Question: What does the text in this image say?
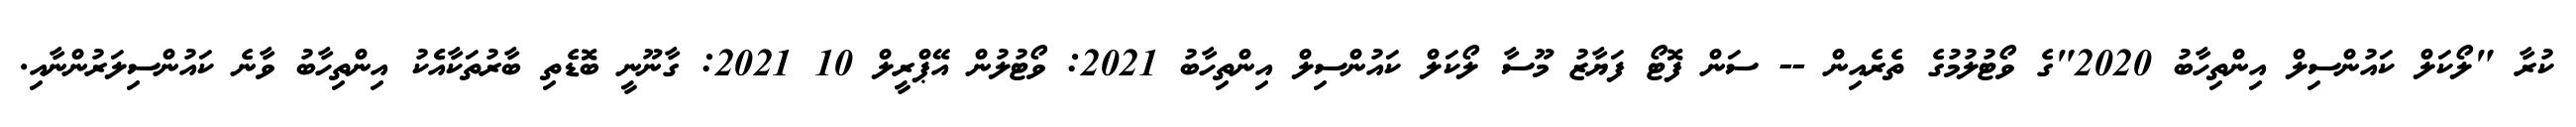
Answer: ކުރާ "ލޯކަލް ކައުންސިލް އިންތިހާބު 2020"ގެ ވޯޓުލުމުގެ ތެރެއިން -- ސަން ފޮޓޯ ފަޔާޒު މޫސާ ލޯކަލް ކައުންސިލް އިންތިހާބު 2021: ވޯޓުލުން އޭޕްރީލް 10 2021: ގާނޫނީ ބޮޑެތި ބާރުތަކާއެެކު އިންތިހާބު ވާނެ ކައުންސިލަރުންނާއި.